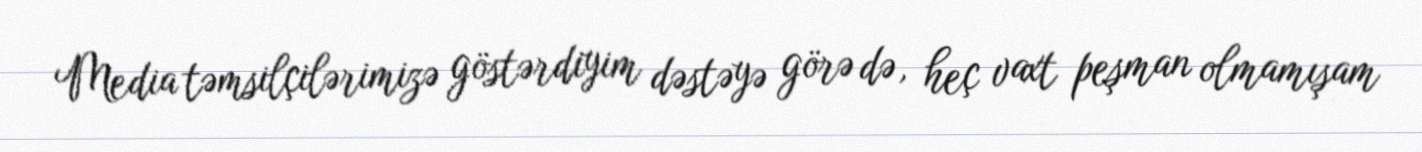
Media təmsilçilərimizə göstərdiyim dəstəyə görə də, heç vaxt peşman olmamışam